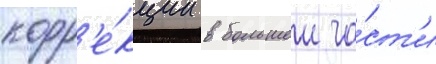
корр'е́кции в большеи ча́ст'и